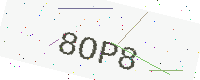
Text: 8OP8